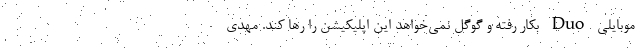
موبایلی Duo بکار رفته و گوگل نمی‌خواهد این اپلیکیشن را رها کند. مهدی